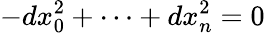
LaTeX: -dx_{0}^{2}+\dots+dx_{n}^{2}=0